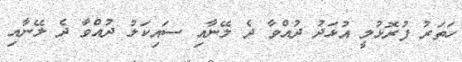
ހަތަރު ފުރޮޅުލީ އުޅަދު ދުއްވާ ދެ ލޭނާއި ސައިކަލު ދުއްވާ ދެ ލޭނާއި